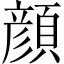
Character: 顔